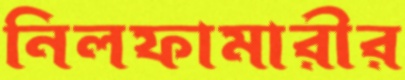
নিলফামারীর